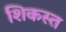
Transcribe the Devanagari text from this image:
शिकस्‍त